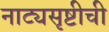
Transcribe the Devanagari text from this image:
नाट्यसृष्टीची